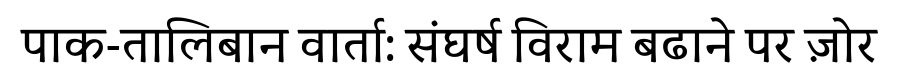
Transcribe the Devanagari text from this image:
पाक-तालिबान वार्ता: संघर्ष विराम बढाने पर ज़ोर